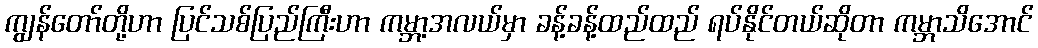
ကျွန်တော်တို့ဟာ ပြင်သစ်ပြည်ကြီးဟာ ကမ္ဘာ့အလယ်မှာ ခန့်ခန့်ထည်ထည် ရပ်နိုင်တယ်ဆိုတာ ကမ္ဘာသိအောင်